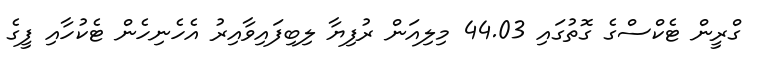
ގްރީން ޓެކްސްގެ ގޮތުގައި 44.03 މިލިއަން ރުފިޔާ ލިބިފައިވާއިރު އެހެނިހެން ޓެކުހާއި ފީގެ